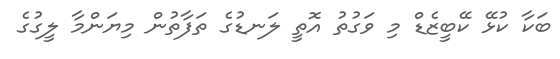
ބަކާ ކުޅޭ ކޭބީޒެޑް މި ވަގުތު އޮތީ ލަނޑުގެ ތަފާތުން މިޔަންމާ ލީގުގެ